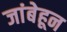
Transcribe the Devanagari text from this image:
जांबेहून